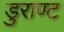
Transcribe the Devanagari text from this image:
डुराण्ट